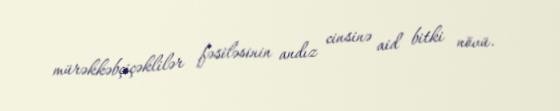
mürəkkəbçiçəklilər fəsiləsinin andız cinsinə aid bitki növü.